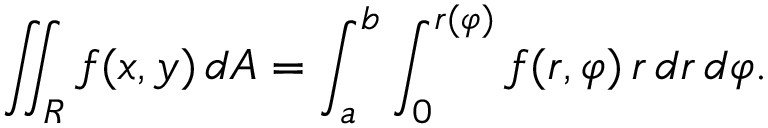
\iint _ { R } f ( x , y ) \, d A = \int _ { a } ^ { b } \int _ { 0 } ^ { r ( \varphi ) } f ( r , \varphi ) \, r \, d r \, d \varphi .